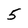
Character: 5